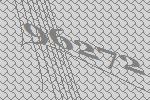
96272